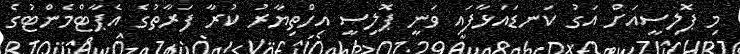
މި ޕޮލިސީއަށް އަގު ކަނޑައަޅާފައި ވަނީ ޕޮލިސީ އިހްތިޔާރު ކުރާ ފަރާތުގެ އެޕާޓްމެންޓުގެ